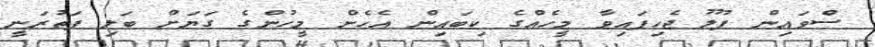
ސްވައިން ފުލޫ ޖެހިފައިވާ މީހެއްގެ ކިބައިން އެހެން މީހުންގެ ގަޔަށް ބަލި ފަތުރަނީ